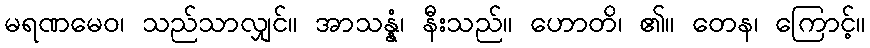
မရဏမေဝ၊ သည်သာလျှင်။ အာသန္နံ၊ နီးသည်။ ဟောတိ၊ ၏။ တေန၊ ကြောင့်။